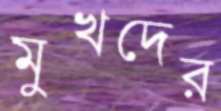
মুখদের